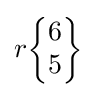
r{\begin{Bmatrix}6\\5\end{Bmatrix}}